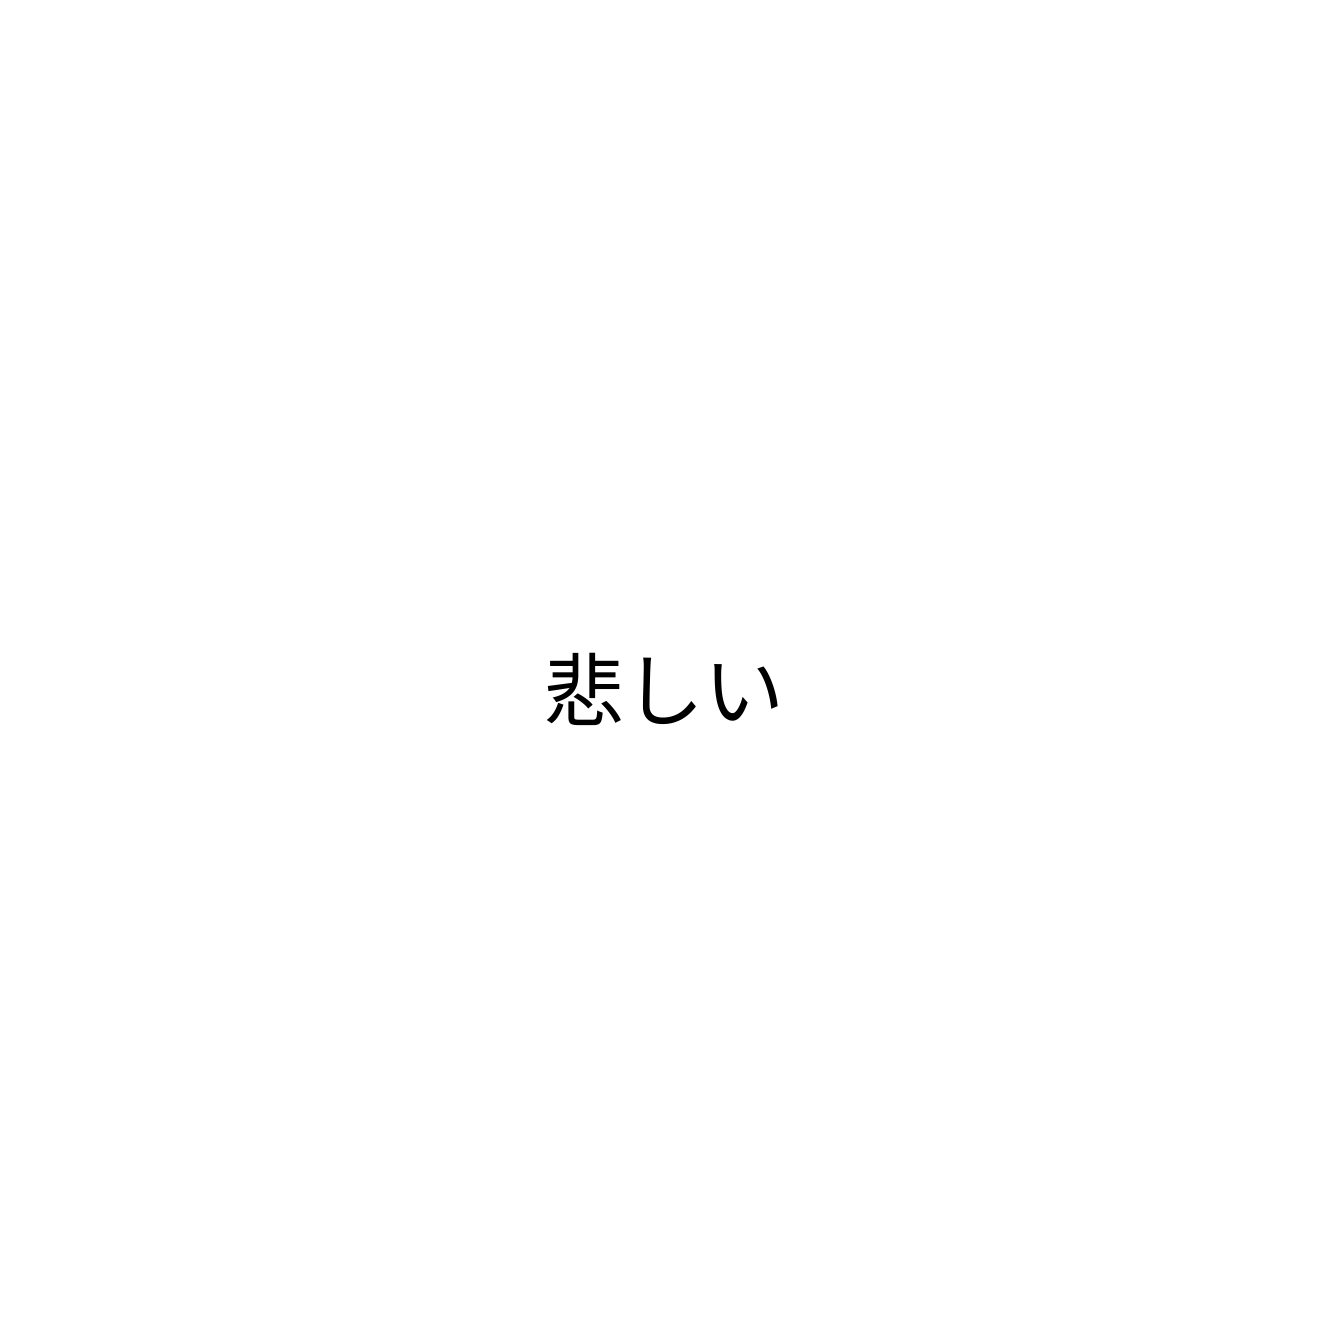
悲しい